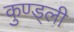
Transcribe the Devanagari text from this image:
कुण्ड्ली